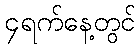
၄ရက်နေ့တွင်